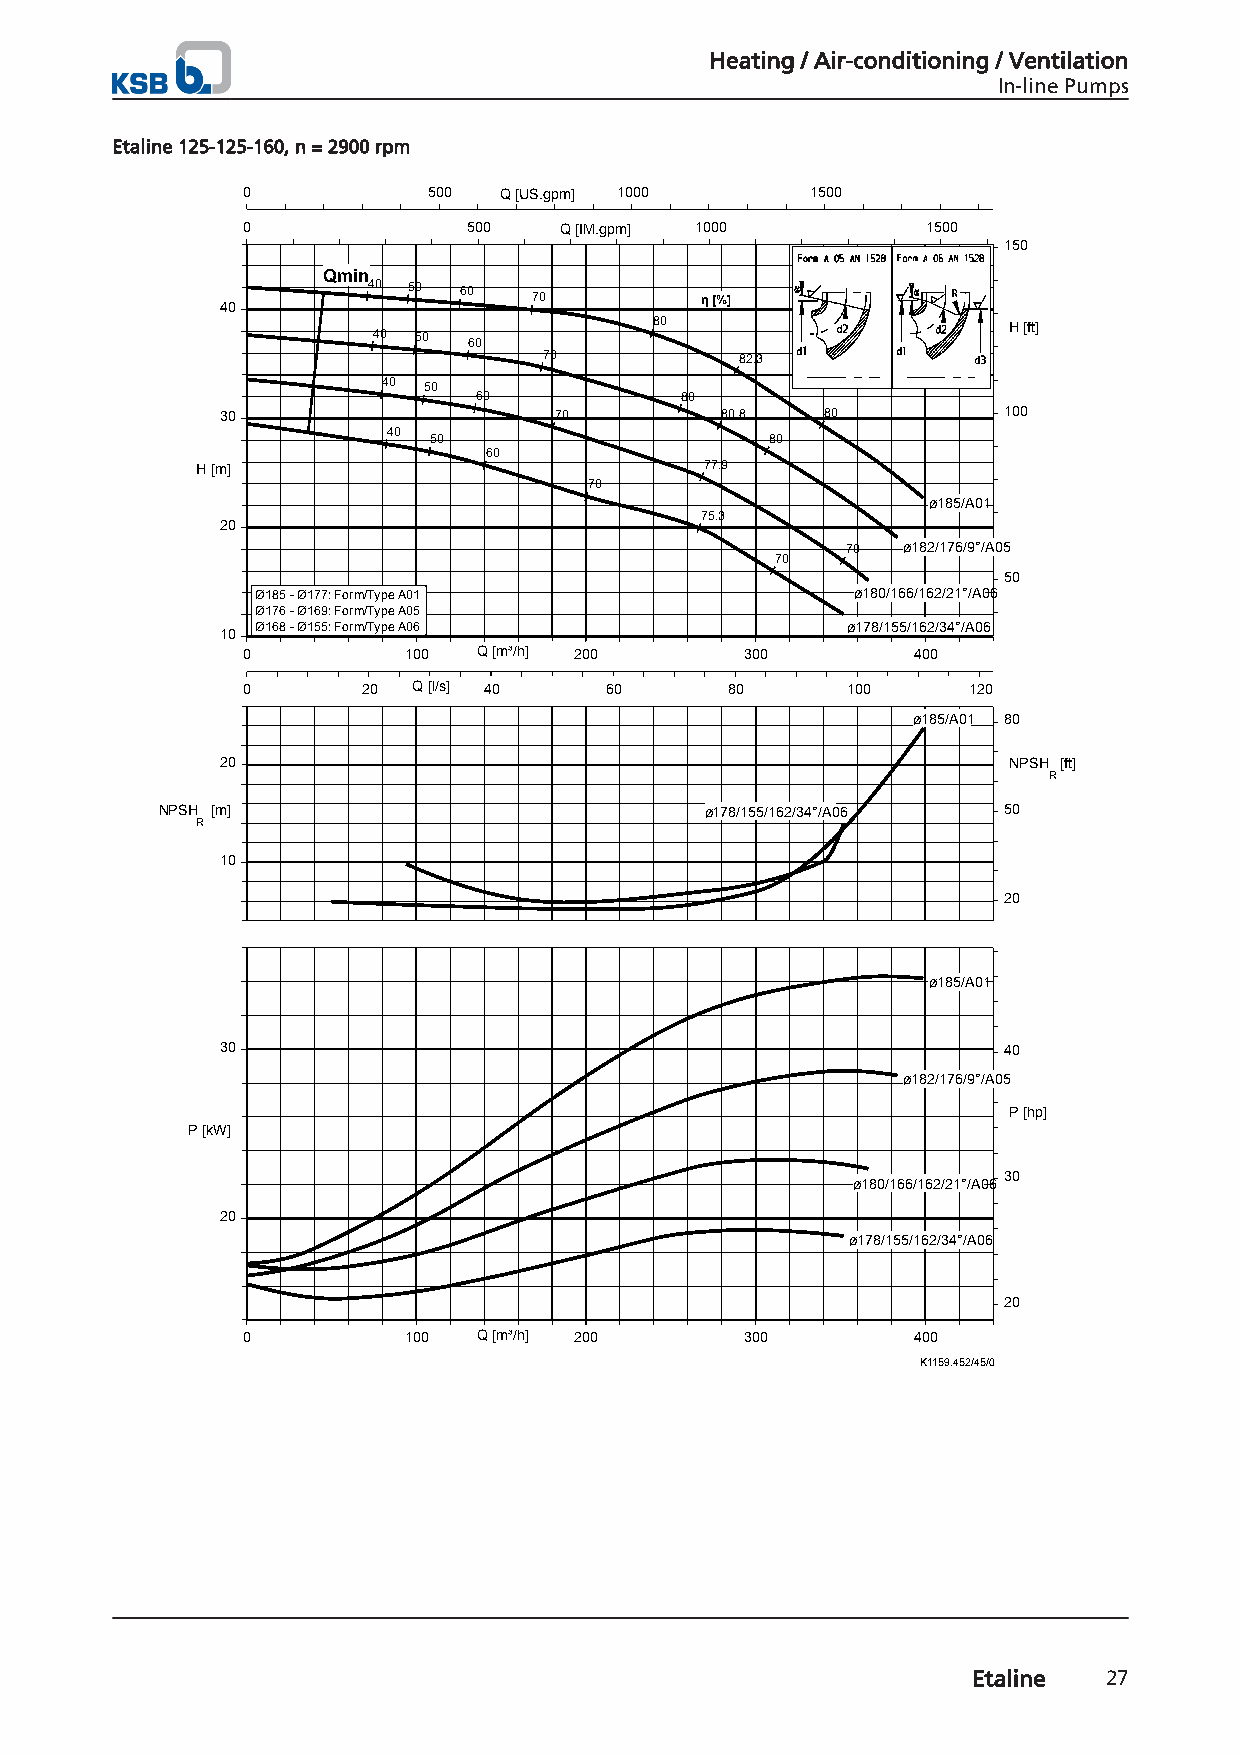
Heating / Air-conditioning / Ventilation
 In-line Pumps
 Etaline 125-125-160, n = 2900 rpm
 0           500  Q [US.gpm] 1000      1500
 0              500   Q [IM.gpm] 1000         1500
 150
 Qmin
 40 50 60
 70         η [%]
 40
 80                      H [ft]
 40 50 60
 70           82.3
 40 50
 60            80
 30                    70         80.8   80         100
 40
 50                     80
 60
 H [m]                             77.9
 70
 ø185/A01
 75.3
 20
 70  ø182/176/9°/A05
 70
 50
 Ø185 - Ø177: Form/Type A01              ø180/166/162/21°/A06
 Ø176 - Ø169: Form/Type A05
 Ø168 - Ø155: Form/Type A06             ø178/155/162/34°/A06
 10
 0          100  Q [m³/h] 200     300         400
 0       20 Q [l/s] 40   60      80      100     120
 ø185/A01 80
 20                                                  NPSH [ft]
 R
 NPSH [m]                             ø178/155/162/34°/A06 50
 R
 10
 20
 ø185/A01
 30                                                 40
 ø182/176/9°/A05
 P [hp]
 P [kW]
 30
 ø180/166/162/21°/A06
 20
 ø178/155/162/34°/A06
 20
 0          100  Q [m³/h] 200     300         400
 K1159.452/45/0
 Etaline  27